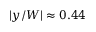
| y / W | \approx 0 . 4 4